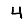
Digit: 4